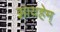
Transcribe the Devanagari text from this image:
झायहेम्